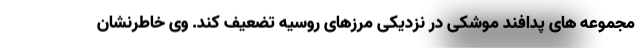
مجموعه های پدافند موشکی در نزدیکی مرزهای روسیه تضعیف کند. وی خاطرنشان